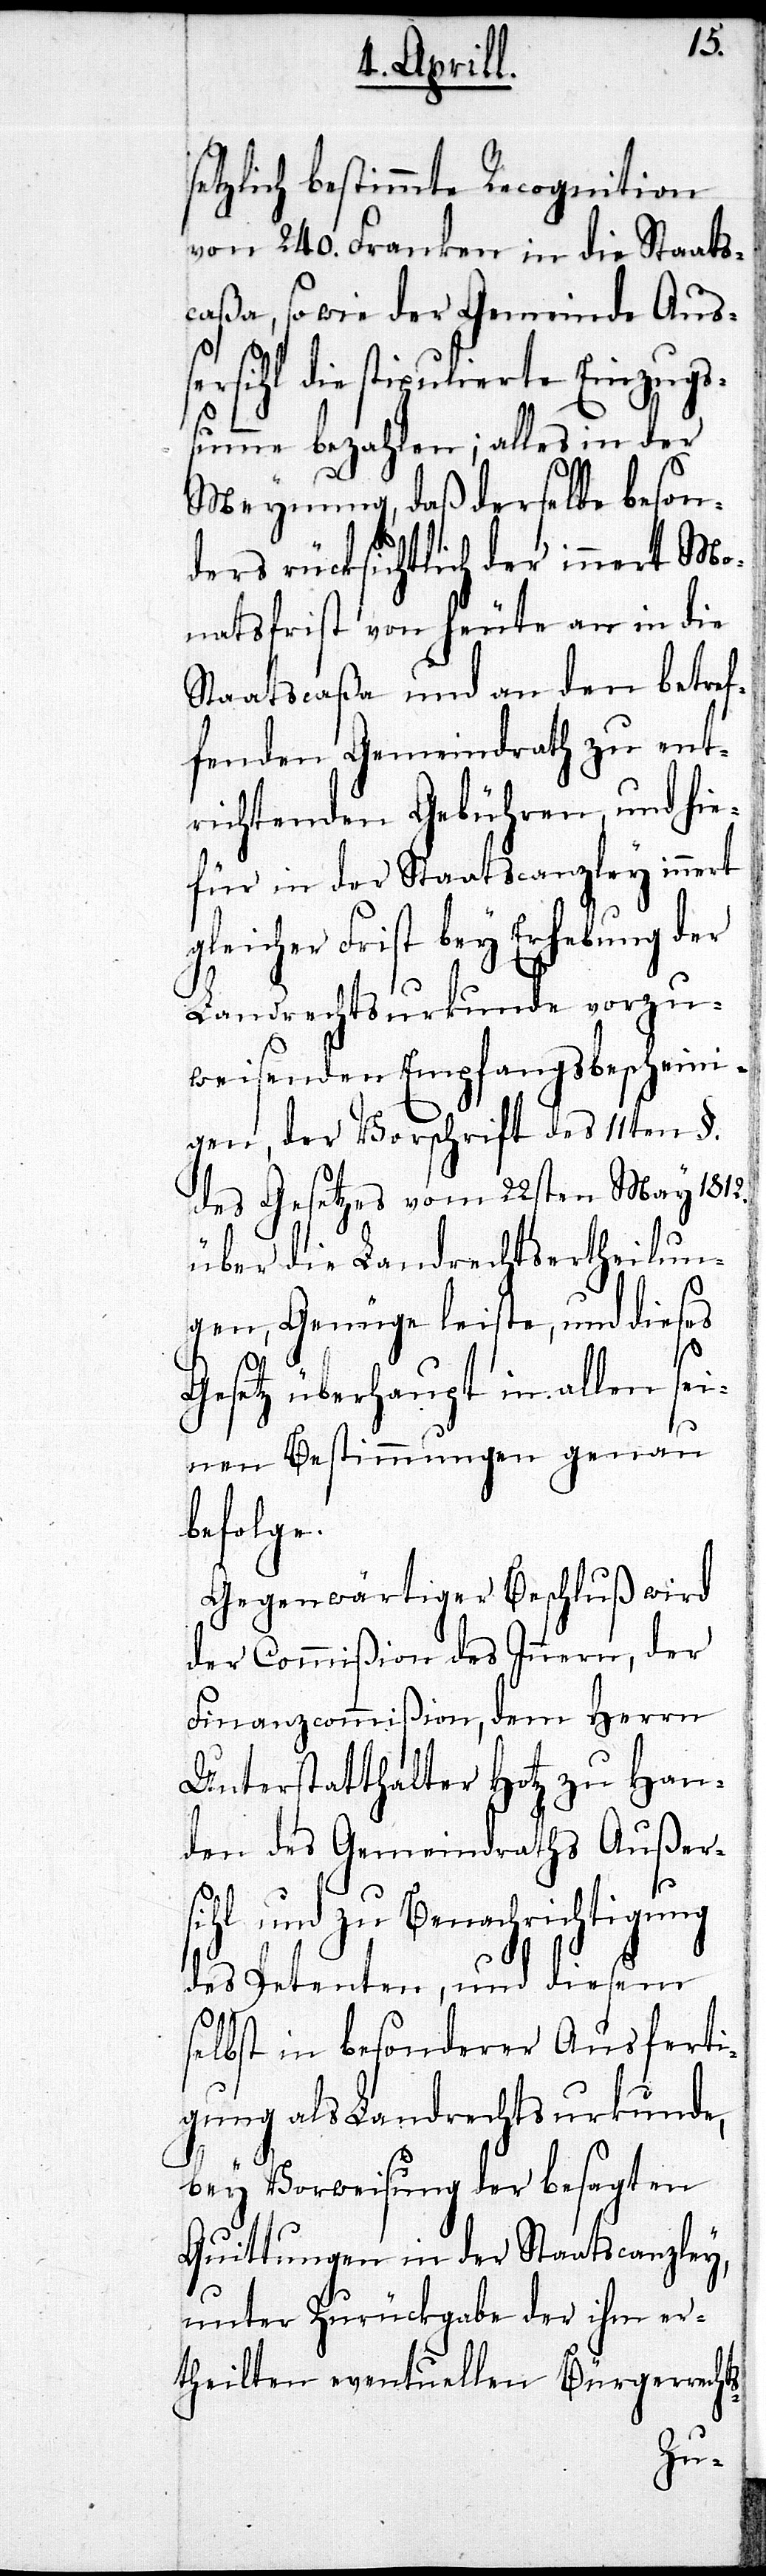
setzlich bestimmte Recognition
von 240. Franken in die Staats¬
caßa, so wie der Gemeinde Auß¬
ersihl die stipulierte Einzugs¬
summe bezahlen; alles in der
Meynung, daß derselbe beson¬
ert Mo¬
ders rücksichtlich der
natsfrist von heute an in die
eses
Staatscaßa und an
fenden Gemeindrath zu ent¬
und di¬
richtenden Gebühren,
efür in der Staatscanzley innert
gleicher Frist bey Erhebung der
Landrechtsurkunde vorzu¬
weisenden Empfangsbescheini¬
gen, der Vorschrift des 11ten §.
des Gesetzes vom 22sten May 1812.
über die Landrechtsertheilun¬
s-
gen, Genüge leiste,
Gesetz überhaupt in
nen Bestimmungen
befolge.
Gegenwärtiger Beschluß wird
der Commißion des Innern, der
Finanzcommißion, dem Herrn
Unterstatthalter Hotz zu Han¬
den des Gemeindraths Außer¬
sihl und zu Benachrichtigung
des Petenten, und diesem
selbst in besonderer Ausferti¬
gung als Landrechtsurkunde,
bey Vorweisung der besagten
Quittungen in der Staatscanzley,
unter Zurückgabe der ihm er¬
theilten eventuellen Bürgerrecht¬
sei¬